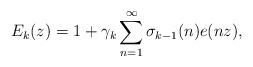
LaTeX: \begin{align*} E_k(z) = 1 + \gamma_k \sum_{n=1}^{\infty} \sigma_{k-1}(n) e(nz), \end{align*}